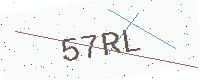
Text: 57RL